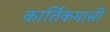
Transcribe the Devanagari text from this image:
कार्तिकमासीं